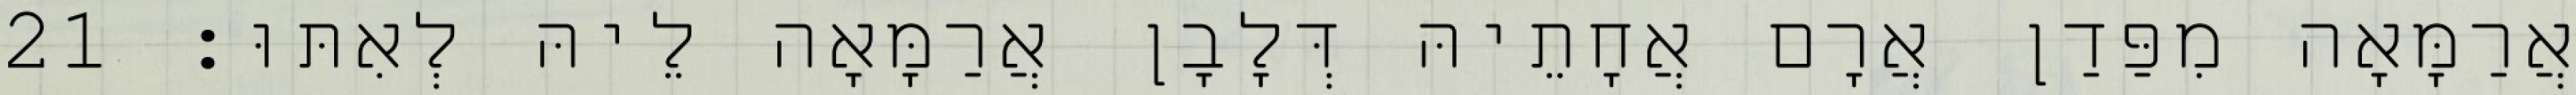
אֲרַמָּאָה מִפַּדַן אֲרָם אֲחָתֵיהּ דְּלָבָן אֲרַמָּאָה לֵיהּ לְאִתּוּ׃ 21